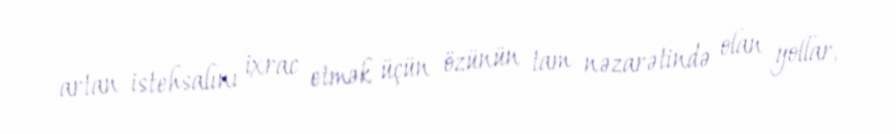
artan istehsalını ixrac etmək üçün özünün tam nəzarətində olan yollar,